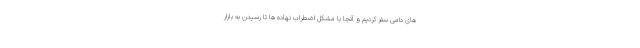
های دامی سفر کردیم و آنجا با مشکل اضطراب نهاده ها تا رسیدن به بازار